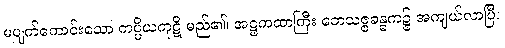
မပျက်ကောင်းသော ကပ္ပိယကုဋိ မည်၏၊ အဋ္ဌကထာကြီး ဘေသဇ္ဇခန္ဓက၌ အကျယ်လာပြီ။